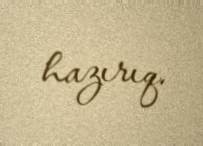
hazırıq.